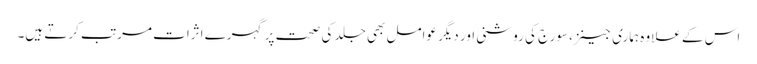
اس کے علاوہ ہماری جینز، سورج کی روشنی اور دیگر عوامل بھی جلد کی صحت پر گہرے اثرات مرتب کرتے ہیں۔